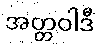
အတ္တဝါဒီ